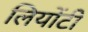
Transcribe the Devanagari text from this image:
लियोंटी